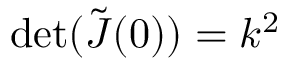
\operatorname* { d e t } ( \tilde { \boldsymbol J } ( 0 ) ) = k ^ { 2 }